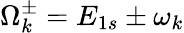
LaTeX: \Omega_{k}^{\pm}=E_{1s}\pm\omega_{k}